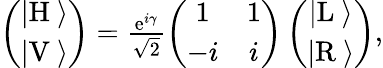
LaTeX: \begin{array}{r}{\left(\begin{array}{c}{|\mathrm{H}\ \rangle}\\ {|\mathrm{V}\ \rangle}\end{array}\right)=\frac{\mathrm{e}^{i\gamma}}{\sqrt{2}}\left(\begin{array}{cc}{1}&{1}\\ {-i}&{i}\end{array}\right)\left(\begin{array}{c}{|\mathrm{L}\ \rangle}\\ {|\mathrm{R}\ \rangle}\end{array}\right),}\end{array}